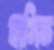
বাসিত